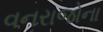
વનરાજોના